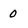
Character: 0